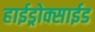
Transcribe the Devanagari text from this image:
हाईड्रोक्साईड